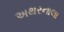
અથરનાલા